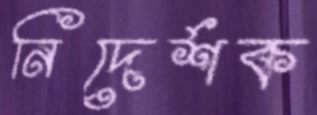
নিদের্শক